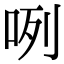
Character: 咧